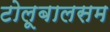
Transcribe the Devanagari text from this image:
टोलूबालसम